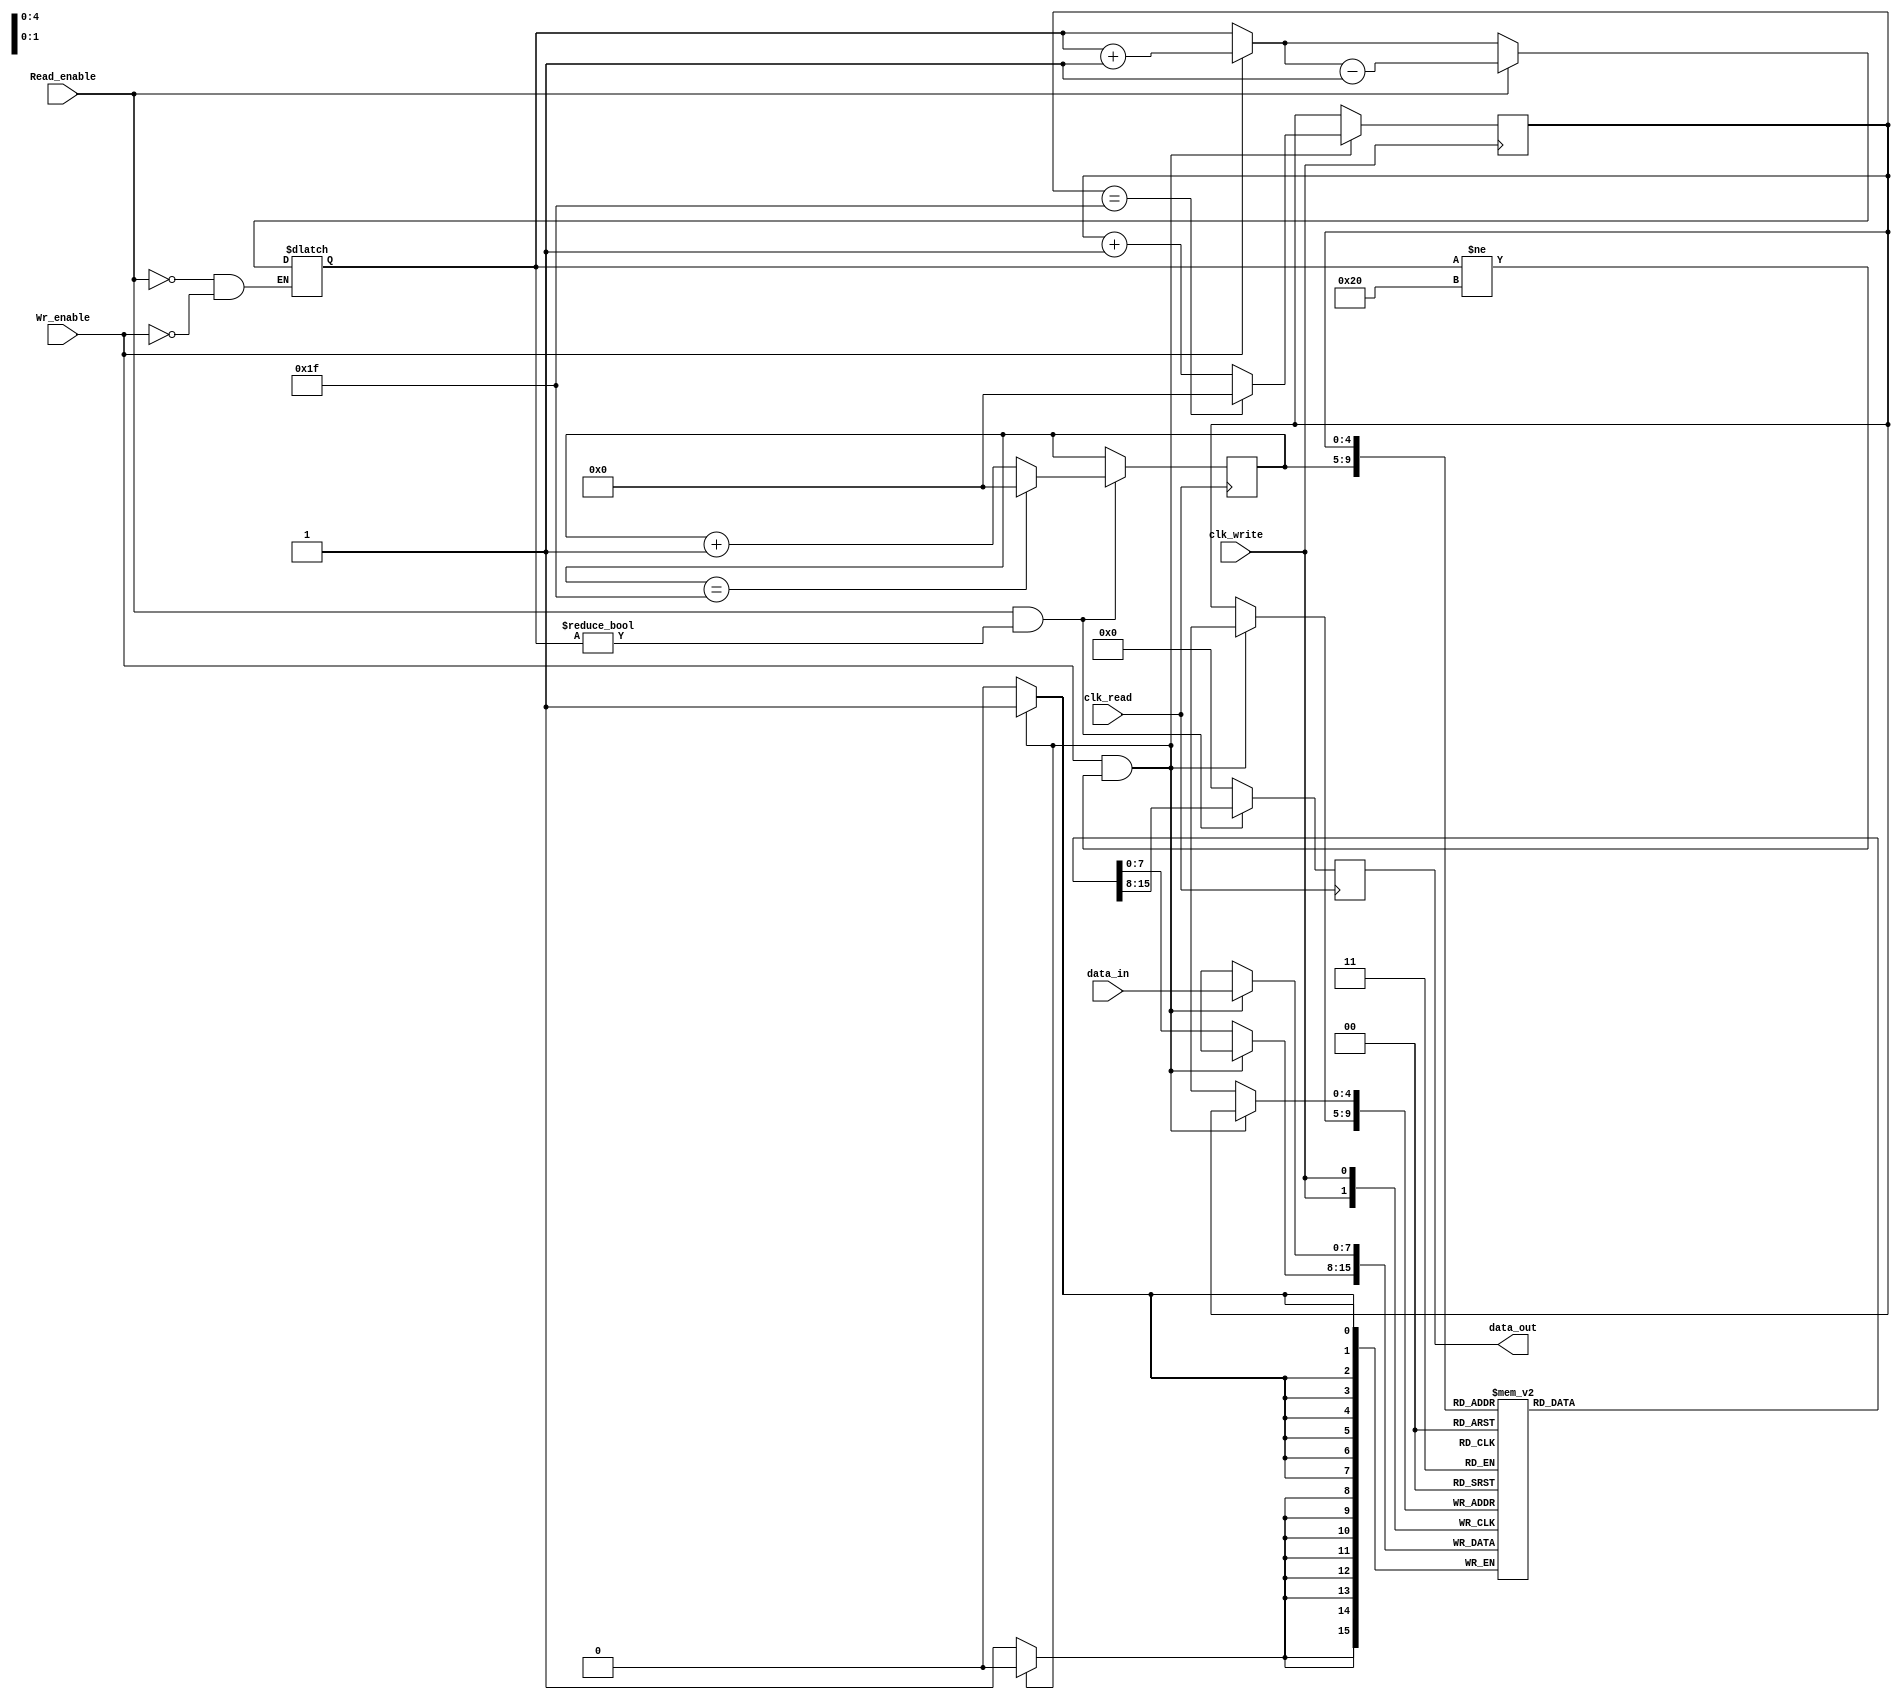
module FIFO #(
    parameter ADDR_WIDTH = 5,
    parameter DATA_WIDTH = 8
)(
    output reg [DATA_WIDTH-1 : 0] data_out,
    input [DATA_WIDTH-1 : 0] data_in,
    input clk_read,
    input clk_write,
    input Wr_enable,
    input Read_enable
);

//Full signal
parameter full = 2**(ADDR_WIDTH);

//Empty signal
parameter empty = 0;

//FIFO memory
reg [DATA_WIDTH-1 : 0] mem[0 : (2**(ADDR_WIDTH))-1];

//Adress pointer for write
reg [ADDR_WIDTH-1 : 0] wr_addr = 0;

//Adress pointer for read
reg [ADDR_WIDTH-1 : 0] read_addr = 0;

//Counter
reg [ADDR_WIDTH : 0] count = empty;

//Change Value of Counter
always @(read_addr or wr_addr) begin
    if(Wr_enable) begin
        count = count + 1;
    end
    if (Read_enable) begin
        count = count - 1;
    end
end

//Reading a value from FIFO memory
always @(posedge clk_read) begin
    if(Read_enable && (count != empty)) begin
        data_out <= mem[read_addr];
        if(read_addr == (2**(ADDR_WIDTH))-1)
            read_addr <= 0;
        else
            read_addr <= read_addr + 1;
    end
    else
        data_out <= 0;
end

//Writing a value in FIFO memory
always @(posedge clk_write) begin
    if(Wr_enable && (count != full)) begin
        mem[wr_addr] <= data_in;
        if(wr_addr == (2**(ADDR_WIDTH))-1)
            wr_addr <= 0;
        else
            wr_addr <= wr_addr + 1;
    end
    else
        mem[wr_addr] <= mem[wr_addr];
end

endmodule